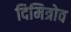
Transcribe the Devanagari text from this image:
दिमित्रोव